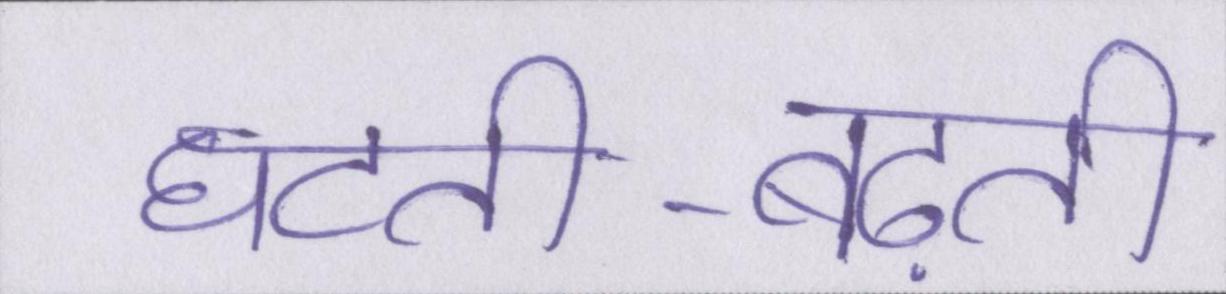
घटती-बढ़ती